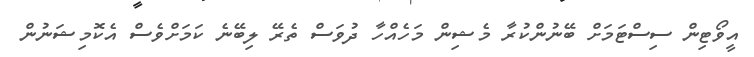
އީވޯޓިން ސިސްޓަމަށް ބޭނުންކުރާ މެޝިން މަހެއްހާ ދުވަސް ތެރޭ ލިބޭނެ ކަމަށްވެސް އެކޮމިޝަނުން